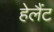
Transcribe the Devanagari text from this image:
हेलैंट